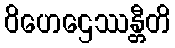
ဝိဟေဌေဿန္တီတိ